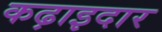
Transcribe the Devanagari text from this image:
कढ़ाइदार